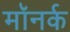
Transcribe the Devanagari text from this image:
मॉनर्क